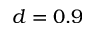
d = 0 . 9